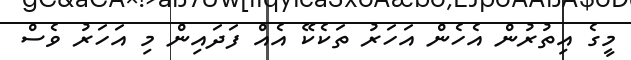
މީގެ އިތުރުން އެހެން އަހަރު ތަކެކޭ އެއް ފަދައިން މި އަހަރު ވެސް